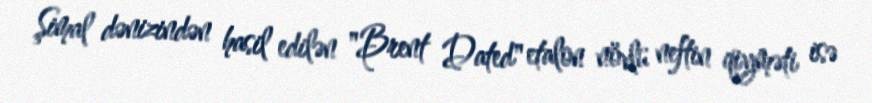
Şimal dənizindən hasil edilən "Brent Dated" etalon növlü neftin qiyməti isə